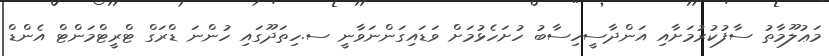
މަޢުލޫމާތު ސާފުކުރުމަށާއި އަންދާސީހިސާބު ހުށަހެޅުމަށް ވަޑައިގަންނަވާނީ ސ.ހިތަދޫގައި ހުންނަ ޑްރަގް ޓްރީޓްމަންޓް އެންޑް